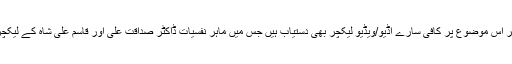
سوشل میڈیا پر اس موضوع پر کافی سارے آڈیو/ویڈیو لیکچر بھی دستیاب ہیں جس میں ماہرِ نفسیات ڈاکٹر صداقت علی اور قاسم علی شاہ کے لیکچرز شامل ہیں۔